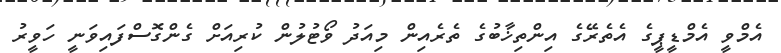
އެމްވީ އެމްޑީޕީގެ އެތެރޭގެ އިންތިޚާބުގެ ތެރެއިން މިއަދު ވޯޓުލުން ކުރިއަށް ގެންގޮސްފައިވަނީ ހަވީރު